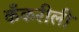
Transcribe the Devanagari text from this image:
कँकरीली